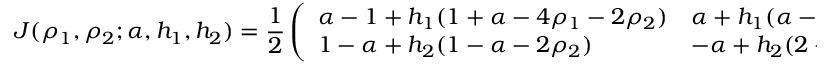
J ( \rho _ { 1 } , \rho _ { 2 } ; \alpha , h _ { 1 } , h _ { 2 } ) = \frac { 1 } { 2 } \left( \begin{array} { l l } { \alpha - 1 + h _ { 1 } ( 1 + \alpha - 4 \rho _ { 1 } - 2 \rho _ { 2 } ) } & { \alpha + h _ { 1 } ( \alpha - 2 \rho _ { 1 } ) } \\ { 1 - \alpha + h _ { 2 } ( 1 - \alpha - 2 \rho _ { 2 } ) } & { - \alpha + h _ { 2 } ( 2 - \alpha - 4 \rho _ { 2 } - 2 \rho _ { 1 } ) } \end{array} \right)